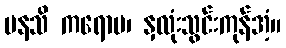
မနသိ ကရောမ၊ နှလုံးသွင်းကုန်အံ့။